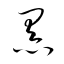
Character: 黒